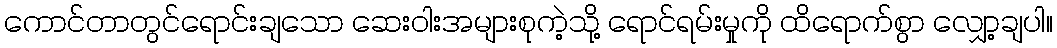
ကောင်တာတွင်ရောင်းချသော ဆေးဝါးအများစုကဲ့သို့ ရောင်ရမ်းမှုကို ထိရောက်စွာ လျှော့ချပါ။